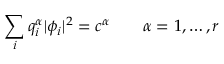
\sum _ { i } q _ { i } ^ { \alpha } | \phi _ { i } | ^ { 2 } = c ^ { \alpha } \qquad \alpha = 1 , \ldots , r